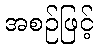
အစဉ်ဖြင့်